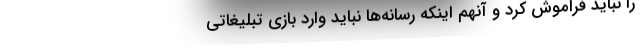
را نباید فراموش کرد و آنهم اینکه رسانه‌ها نباید وارد بازی تبلیغاتی